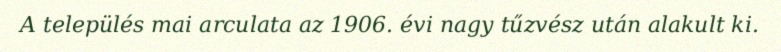
A település mai arculata az 1906. évi nagy tűzvész után alakult ki.